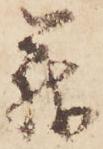
義